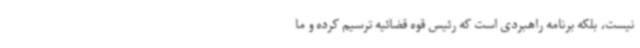
نیست، بلکه برنامه راهبردی است که رئیس قوه قضائیه ترسیم کرده‌ و ما